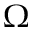
\Omega